Report of the Municipal Commissioner on the plague in Bombay for the year ending 31st May... - Volume 3
Disease focus: Plague
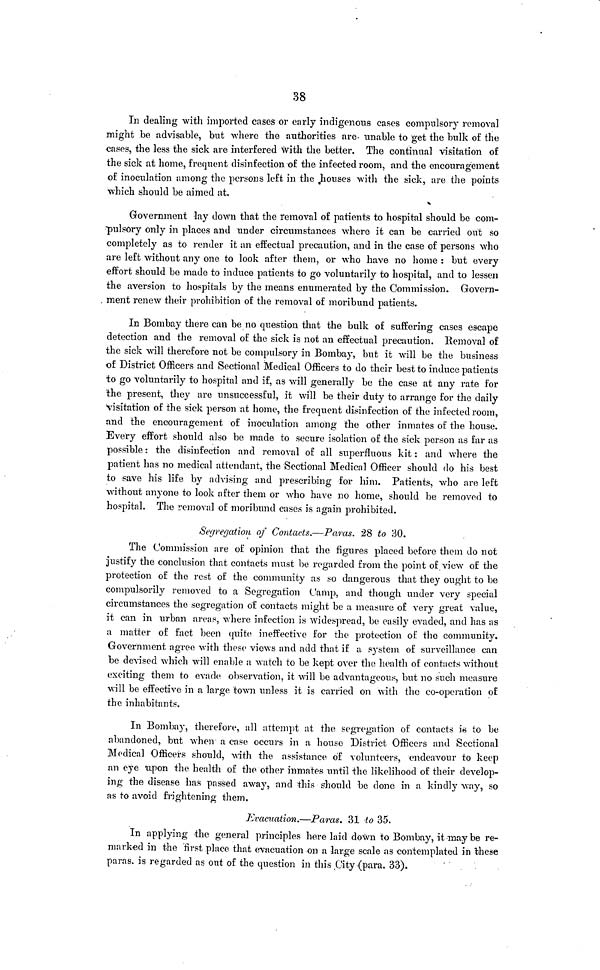
38
In dealing with imported cases or early indigenous cases compulsory removal
might be advisable, but where the authorities are unable to get the bulk of the
cases, the less the sick are interfered with the better. The continual visitation of
the sick at home, frequent disinfection of the infected room, and the encouragement
of inoculation among the persons left in the houses with the sick, are the points
which should be aimed at.
Government lay down that the removal of patients to hospital should be com-
pulsory only in places and under circumstances where it can be carried out so
completely as to render it an effectual precaution, and in the case of persons who
are left without any one to look after them, or who have no home : but every
effort should be made to induce patients to go voluntarily to hospital, and to lessen
the aversion to hospitals by the means enumerated by the Commission. Govern-
ment renew their prohibition of the removal of moribund patients.
In Bombay there can be no question that the bulk of suffering cases escape
detection and the removal of the sick is not an effectual precaution. Removal of
the sick will therefore not be compulsory in Bombay, but it will be the business
of District Officers and Sectional Medical Officers to do their best to induce patients
to go voluntarily to hospital and if, as will generally be the case at any rate for
the present, they are unsuccessful, it will be their duty to arrange for the daily
visitation of the sick person at home, the frequent disinfection of the infected room,
and the encouragement of inoculation among the other inmates of the house.
Every effort should also be made to secure isolation of the sick person as far as
possible: the disinfection and removal of all superfluous kit: and where the
patient has no medical attendant, the Sectional Medical Officer should do his best
to save his life by advising and prescribing for him. Patients, who are left
without anyone to look after them or who have no home, should be removed to
hospital. The removal of moribund cases is again prohibited.
Segregation of Contacts.—Paras. 28 to 30.
The Commission are of opinion that the figures placed before them do not
justify the conclusion that contacts must be regarded from the point of view of the
protection of the rest of the community as so dangerous that they ought to be
compulsorily removed to a Segregation Camp, and though under very special
circumstances the segregation of contacts might be a measure of very great value,
it can in urban areas, where infection is widespread, be easily evaded, and has as
a matter of fact been quite ineffective for the protection of the community.
Government agree with these views and add that if a system of surveillance can
be devised which will enable a watch to be kept over the health of contacts without
exciting them to evade observation, it will be advantageous, but no such measure
will be effective in a large town unless it is carried on with the co-operation of
the inhabitants.
In Bombay, therefore, all attempt at the segregation of contacts is to be
abandoned, but when a case occurs in a house District Officers and Sectional
Medical Officers should, with the assistance of volunteers, endeavour to keep
an eye upon the health of the other inmates until the likelihood of their develop-
ing the disease has passed away, and this should be done in a kindly way, so
as to avoid frightening them.
Evacuation.—Paras. 31 to 35.
In applying the general principles here laid down to Bombay, it may be re-
marked in the first place that evacuation on a large scale as contemplated in these
paras, is regarded as out of the question in this City (para. 33).